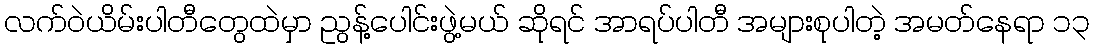
လက်ဝဲယိမ်းပါတီတွေထဲမှာ ညွန့်ပေါင်းဖွဲ့မယ် ဆိုရင် အာရပ်ပါတီ အများစုပါတဲ့ အမတ်နေရာ ၁၃